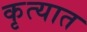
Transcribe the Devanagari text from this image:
कृत्यात